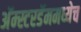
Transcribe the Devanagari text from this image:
अॅम्स्टरडॅममध्येच